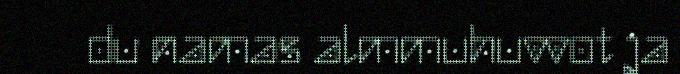
du namas almmuhuvvot ja